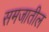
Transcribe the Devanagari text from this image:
समजातील